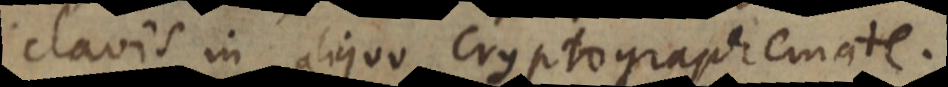
clavis in aliquo Cryptographemate.